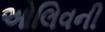
ઓલિવની